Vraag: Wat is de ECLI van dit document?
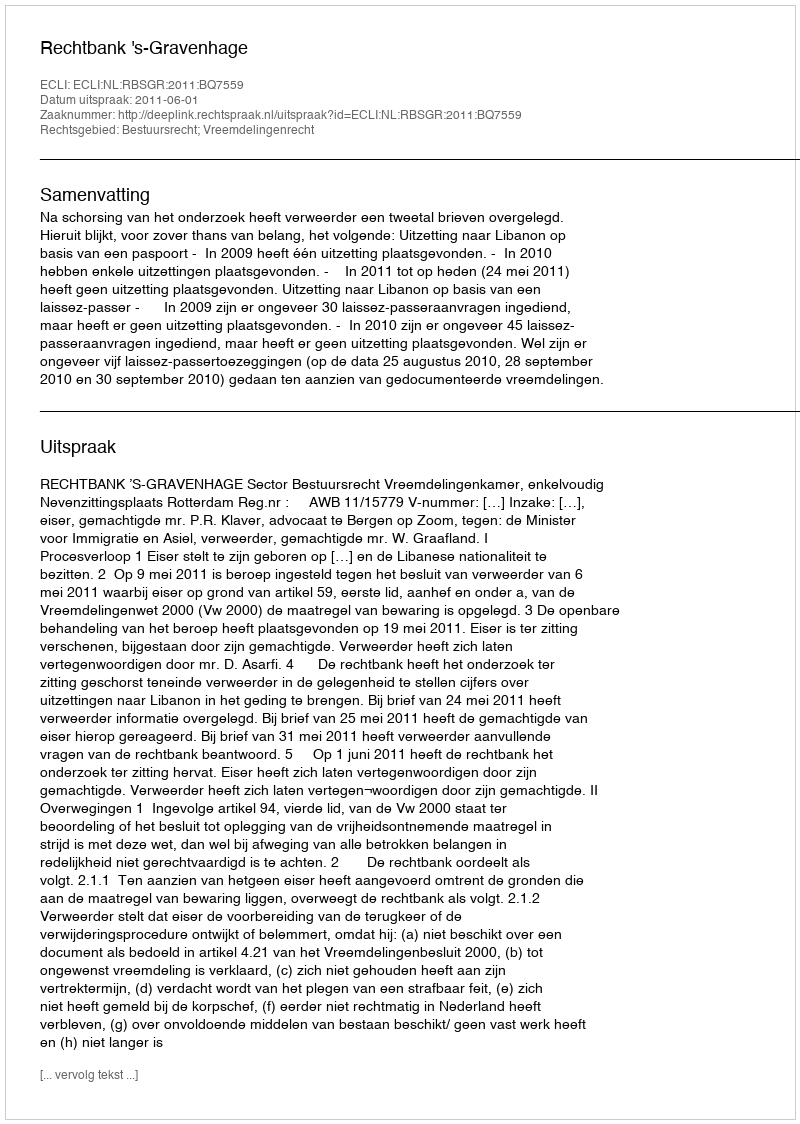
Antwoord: ECLI:NL:RBSGR:2011:BQ7559